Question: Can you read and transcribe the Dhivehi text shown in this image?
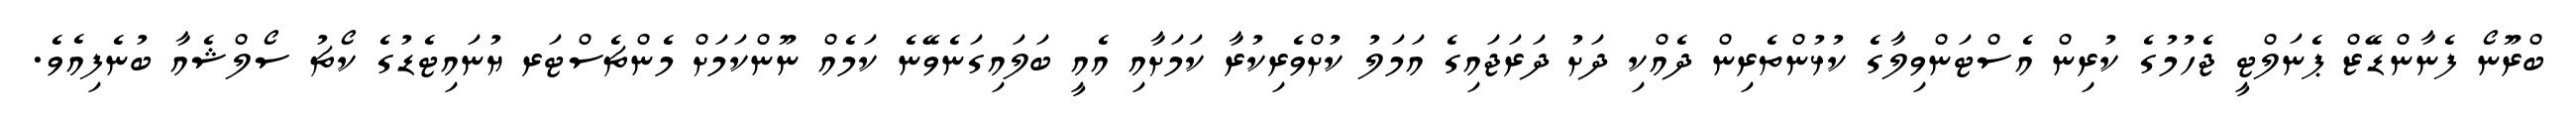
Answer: ބްރޫނޯ ފެނާންޑޭޒް ޕެނަލްޓީ ޖެހުމުގެ ކުރިން އެސްޓަންވިލާގެ ކުޅުންތެރިން ދެއްކި ދަށު ދަރަޖައިގެ އަމަލު ކުށްވެރިކުރާ ކަމަށާއި އެއީ ބަލައިގަނެވޭނެ ކަމެއް ނޫންކަމަށް މެންޗެސްޓަރ ޔުނައިޓެޑުގެ ކޯޗު ސޯލްޝެއާ ބުނެފިއެވެ.